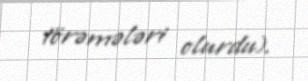
törəmələri olurdu).